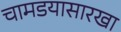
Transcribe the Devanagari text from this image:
चामडयासारखा